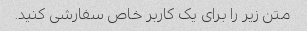
متن زیر را برای یک کاربر خاص سفارشی کنید.